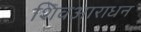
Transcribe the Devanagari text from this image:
शिवआराधन